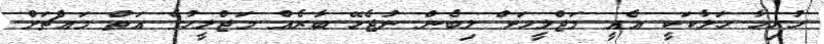
ހުރިހާ ހަލާކަކީ އެއީ މަޖްލީހަށް ލިބެން ނުޖެހޭ ބާރެއް މަޖްލީހުގެ އަތް މައްޗަށް